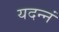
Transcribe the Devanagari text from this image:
यदन्नं